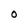
Character: O